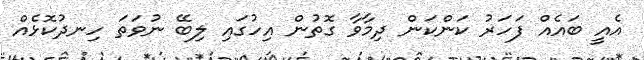
އެއީ ބައެއް ފަހަރު ކަންކަން ދިމާވާ ގޮތުން އިހުގައި ލިބޭ ނުވަތަ ހިނދުކޮޅެއް